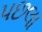
પછલા